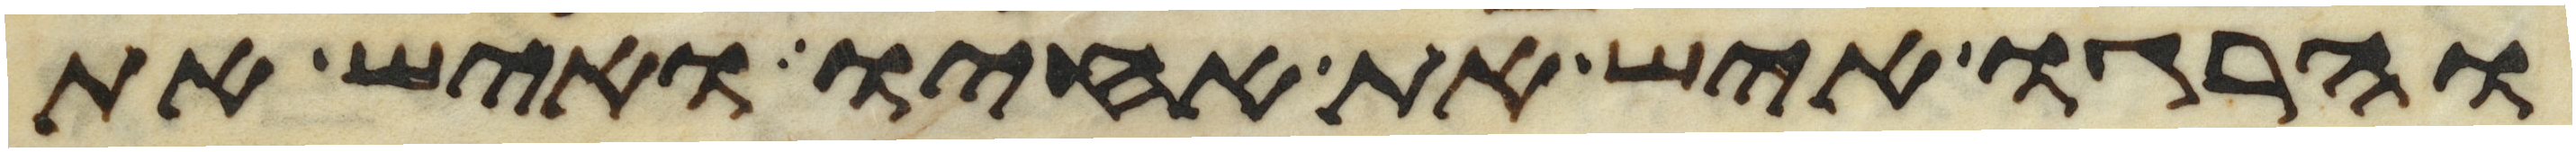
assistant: והרגו איש את אחיו ואיש את